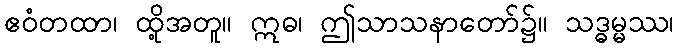
ဧဝံတထာ၊ ထို့အတူ။ ဣဓ၊ ဤသာသနာတော်၌။ သဒ္ဓမ္မဿ၊